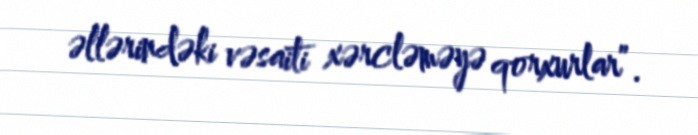
əllərindəki vəsaiti xərcləməyə qorxurlar”.